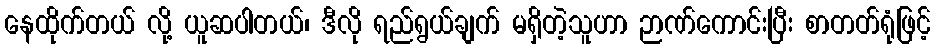
နေထိုက်တယ် လို့ ယူဆပါတယ်၊ ဒီလို ရည်ရွယ်ချက် မရှိတဲ့သူဟာ ဉာဏ်ကောင်းပြီး စာတတ်ရုံဖြင့်